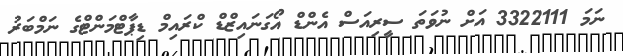
ނަމަ 3322111 އަށް ނުވަތަ ސީރިއަސް އެންޑް އޯގަނައިޒްޑް ކްރައިމް ޑިޕާޓްމަންޓްގެ ނަމްބަރު